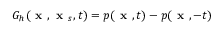
G _ { h } ( \textbf { x } , \textbf { x } _ { s } , t ) = p ( \textbf { x } , t ) - p ( \textbf { x } , - t )